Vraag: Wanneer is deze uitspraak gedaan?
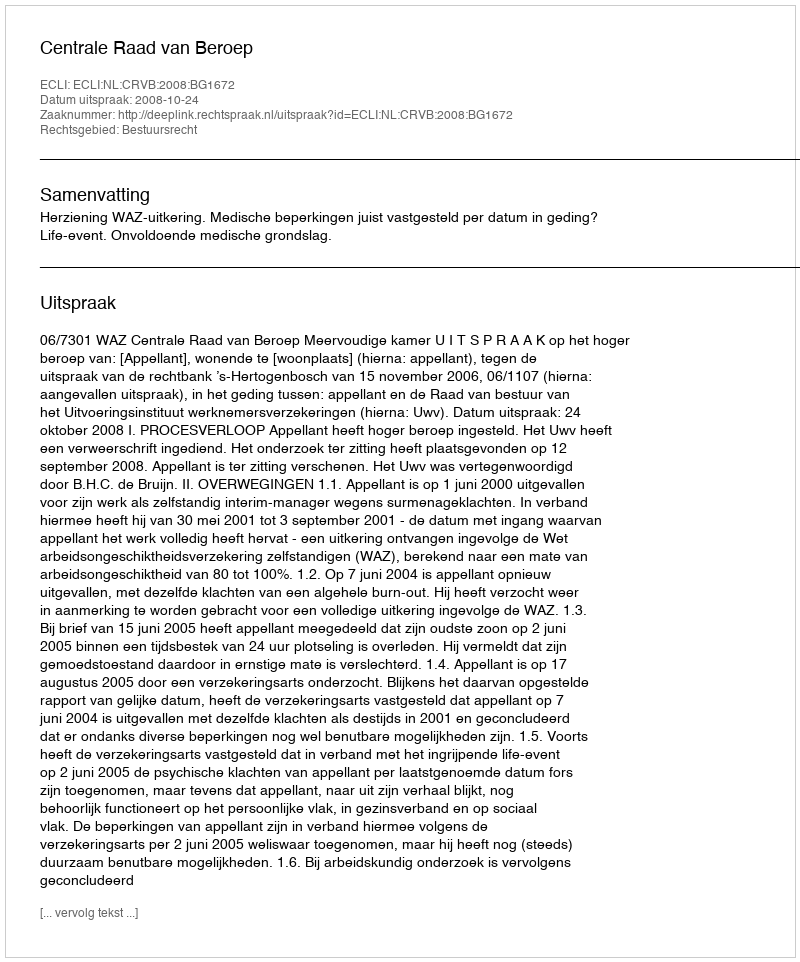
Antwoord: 2008-10-24